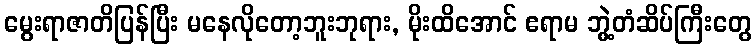
မွေးရာဇာတိပြန်ပြီး မနေလိုတော့ဘူးဘုရား, မိုးထိအောင် ဧရာမ ဘွဲ့တံဆိပ်ကြီးတွေ